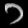
Digit: ၁